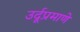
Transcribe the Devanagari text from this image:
उर्दूप्रमाणे